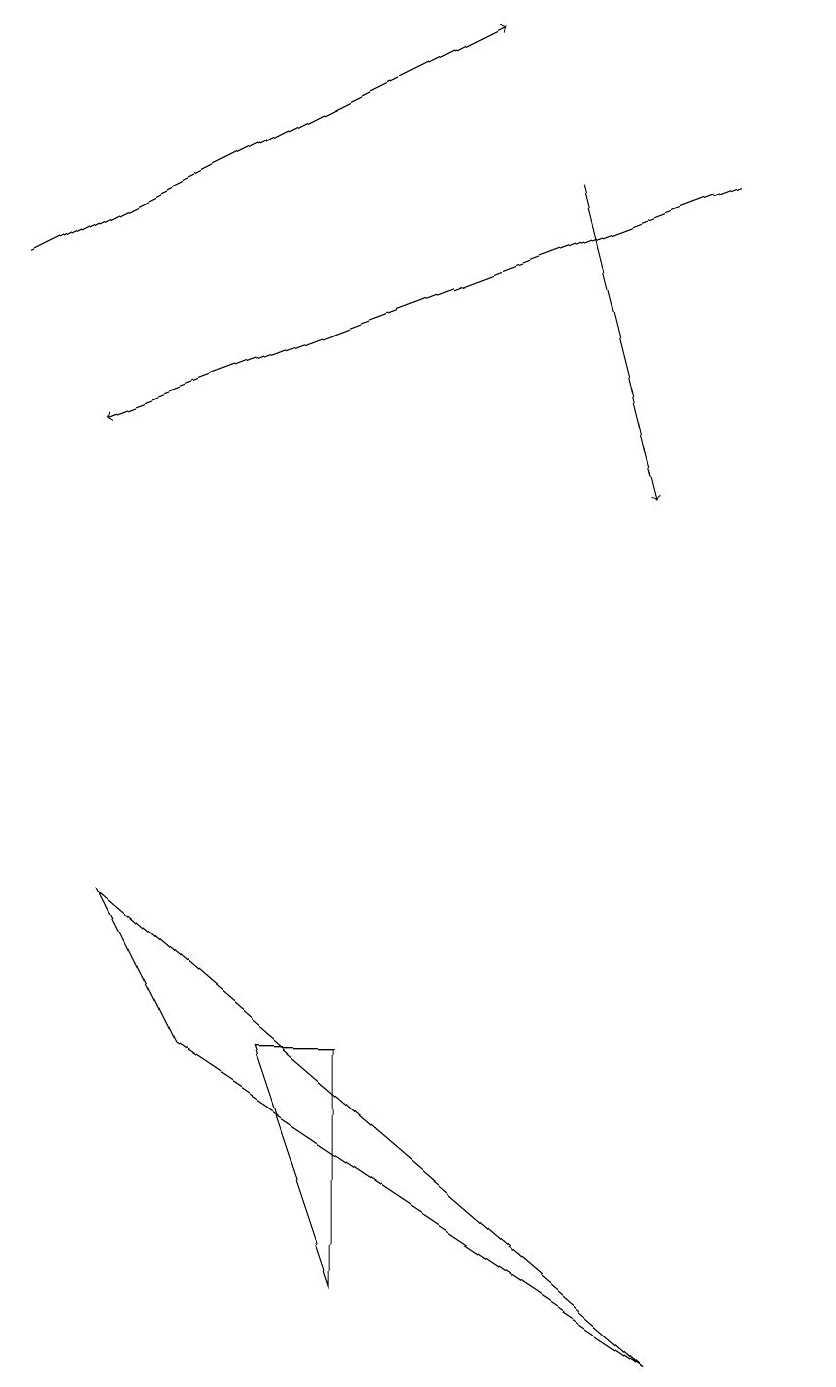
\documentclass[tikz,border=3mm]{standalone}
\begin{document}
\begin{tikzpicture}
\draw[->] (9,16) -- (1,13);
\draw (10,11) circle (0);
\draw (4,5) -- (3,5) -- (4,2) -- cycle;
\draw[->] (7,16) -- (8,12);
\draw (8,1) -- (1,7) -- (2,5) -- cycle;
\draw[->] (0,15) -- (6,18);
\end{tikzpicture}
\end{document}